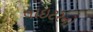
લાઇટરનો